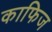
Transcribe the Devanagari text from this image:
काफिज